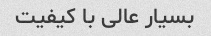
بسیار عالی با کیفیت